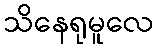
သိနေရုမူလေ